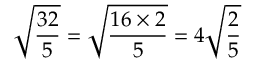
{ \sqrt { \frac { 3 2 } { 5 } } } = { \sqrt { \frac { 1 6 \times 2 } { 5 } } } = 4 { \sqrt { \frac { 2 } { 5 } } }